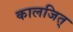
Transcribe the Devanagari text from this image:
कालजित्‌